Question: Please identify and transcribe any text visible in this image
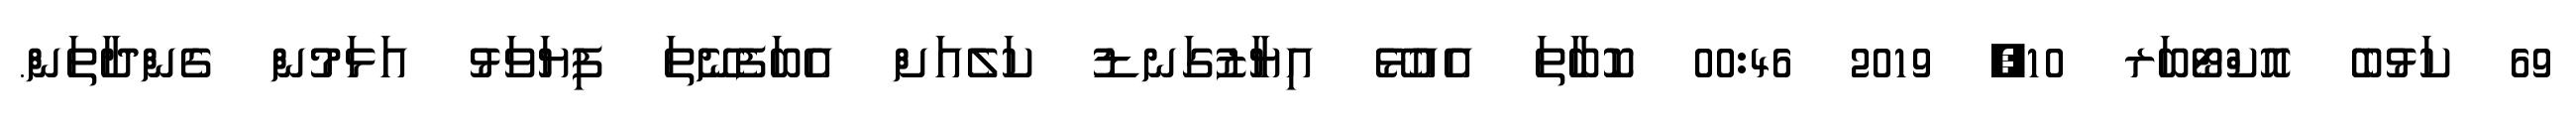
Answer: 69 ކަޅުބެ އޮކްޓޯބަރ 10, 2019 00:46 ކޮބާތަ އެއުޅޭ އިޔާޒުގަނޑު ކަލެއަށް އެބަފެނޭތަ ފިޔަވަޅު އަޅަމުން ގެންދާތަން.